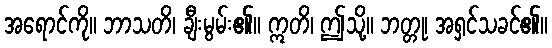
အရောင်ကို။ ဘာသတိ၊ ချီးမွမ်း၏။ ဣတိ၊ ဤသို့။ ဘတ္တု၊ အရှင်သခင်၏။